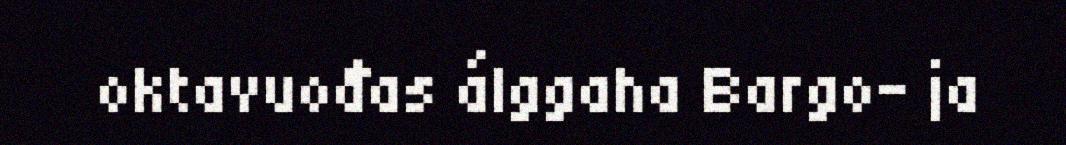
oktavuođas álggaha Bargo- ja